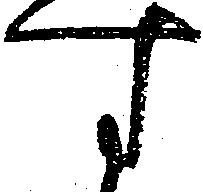
す